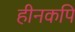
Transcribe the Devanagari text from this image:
हीनकपि